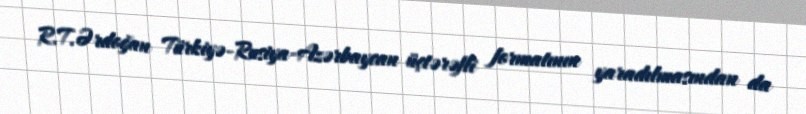
R.T.Ərdoğan Türkiyə-Rusiya-Azərbaycan üçtərəfli formatının yaradılmasından da